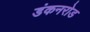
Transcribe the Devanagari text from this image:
डंकनरोड